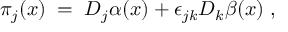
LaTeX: \pi _ { j } ( x ) \; = \; D _ { j } \alpha ( x ) + \epsilon _ { j k } D _ { k } \beta ( x ) \; ,